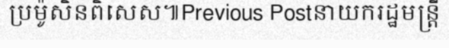
ប្រម៉ូសិនពិសេស៕Previous Postនាយករដ្ឋមន្ត្រី